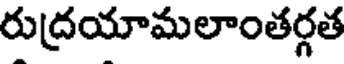
రుద్రయామలాంతర్గత